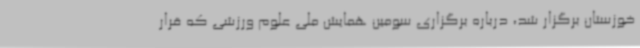
خوزستان برگزار شد، درباره برگزاری سومین همایش ملی علوم ورزشی که قرار